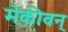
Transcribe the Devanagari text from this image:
मेकीवन्